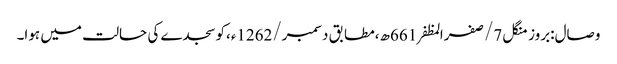
وصال:بروز منگل 7/صفرالمظفر661ھ،مطابق دسمبر/1262ء،کوسجدے کی حالت میں ہوا۔